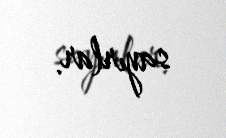
sayırlar.